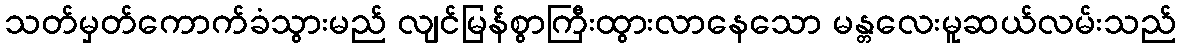
သတ်မှတ်ကောက်ခံသွားမည် လျင်မြန်စွာကြီးထွားလာနေသော မန္တလေးမူဆယ်လမ်းသည်